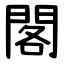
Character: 閣